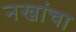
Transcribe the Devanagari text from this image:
नखांचा